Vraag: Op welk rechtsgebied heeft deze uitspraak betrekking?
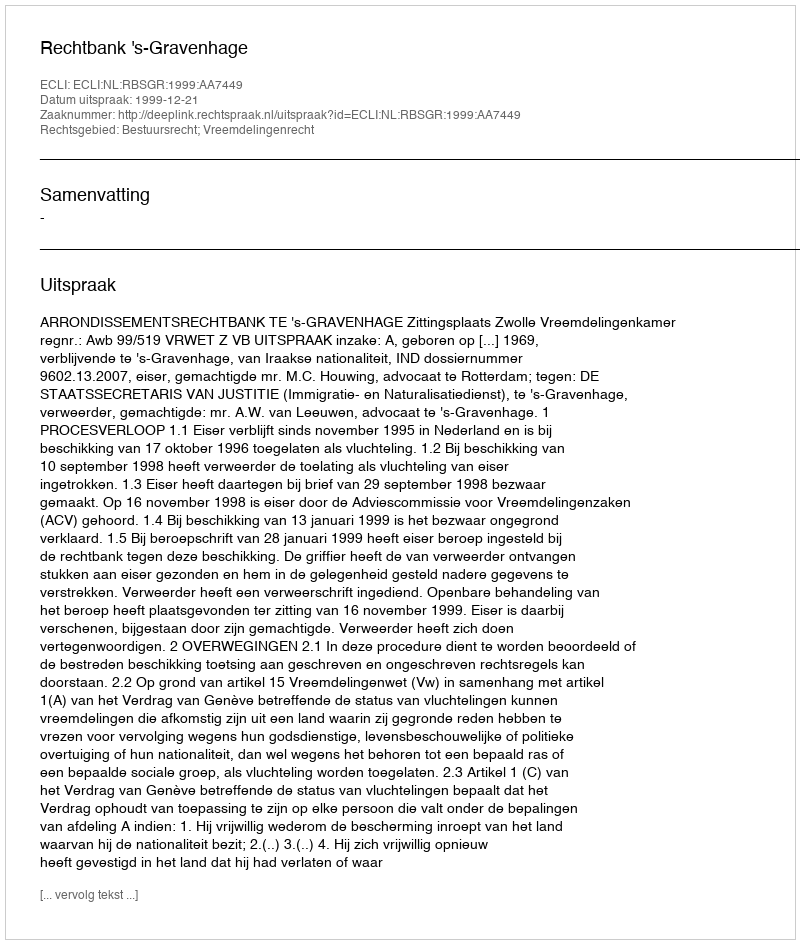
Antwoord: Bestuursrecht; Vreemdelingenrecht